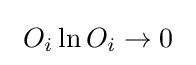
~O_{i}\ln O_{i}\to 0~